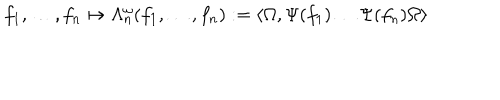
LaTeX: f _ { 1 } , \ldots , f _ { n } \mapsto \Lambda _ { n } ^ { \omega } ( f _ { 1 } , \ldots , f _ { n } ) : = \langle \Omega , \Psi ( f _ { 1 } ) \ldots \Psi ( f _ { n } ) \Omega \rangle